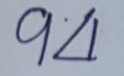
94